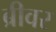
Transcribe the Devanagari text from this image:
ब्रीवर